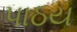
પાઠય